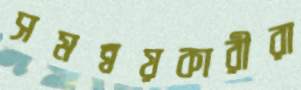
সমন্বয়কারীরা